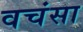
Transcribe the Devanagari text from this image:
वचंसा